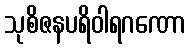
သုစိဇနပရိဝါရဂဏော